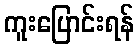
ကူးပြောင်းရန်